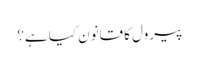
پیرول کا قانون کیا ہے؟